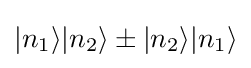
|n_{1}\rangle |n_{2}\rangle \pm |n_{2}\rangle |n_{1}\rangle